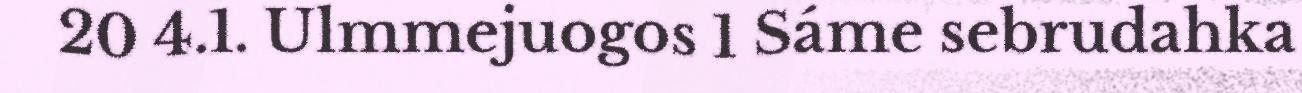
20 4.1. Ulmmejuogos 1 Sáme sebrudahka